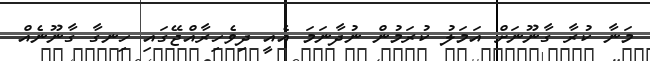
މަނާ ކުރާ ގާނޫނަށް އަމަލު ކުރަމުން ނުދާނަމަ އެއީ ދިވެހިރާއްޖޭގައި ހިނގާ ގާނޫނެއް